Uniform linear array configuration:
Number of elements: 8
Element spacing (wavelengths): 0.25
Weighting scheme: exponential
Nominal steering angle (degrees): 45
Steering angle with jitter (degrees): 43.075
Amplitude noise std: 0.05
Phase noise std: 0.05

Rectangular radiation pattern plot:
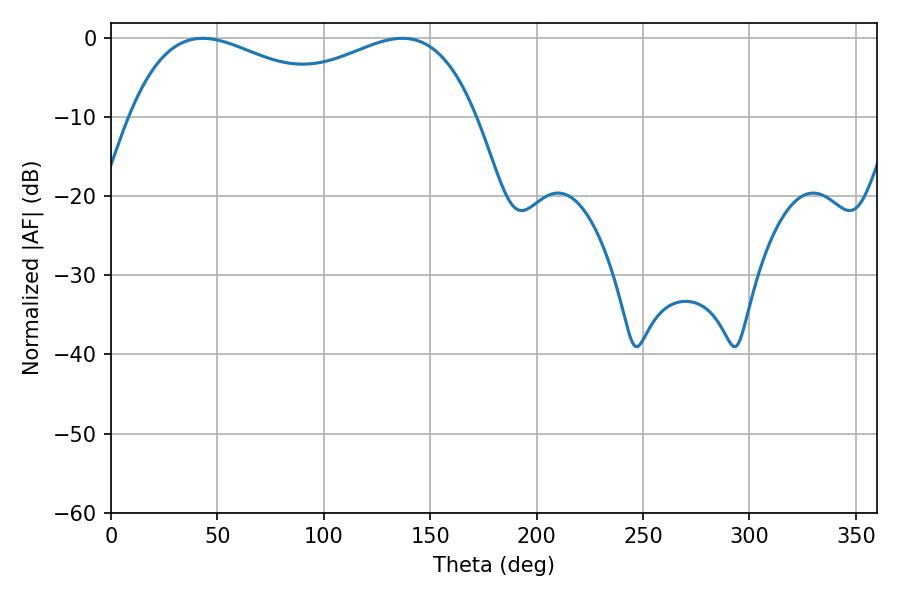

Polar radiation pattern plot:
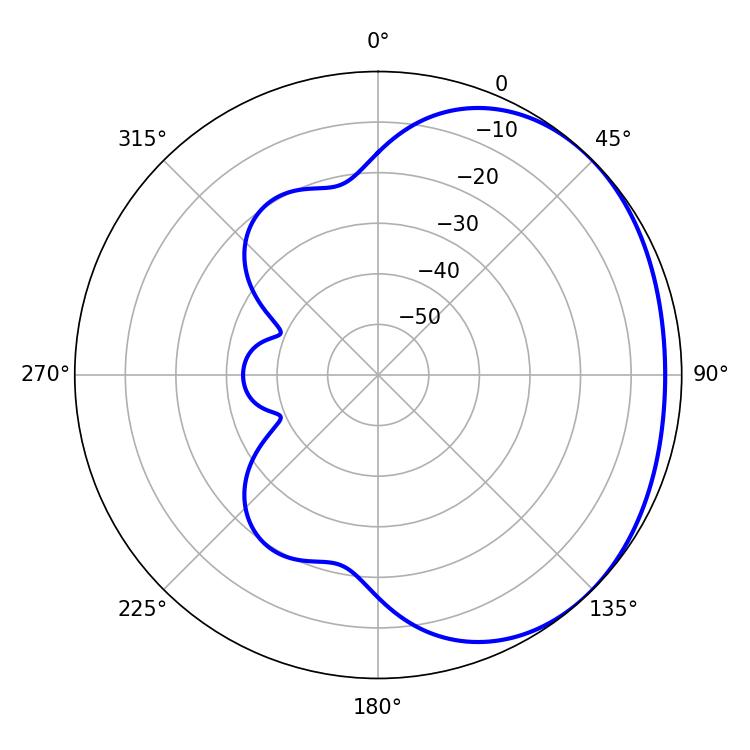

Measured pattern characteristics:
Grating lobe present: FALSE
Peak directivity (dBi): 1.686
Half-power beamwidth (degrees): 58.5
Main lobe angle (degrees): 43.02